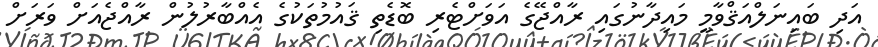
އަދި ބައިނަލްއަޤްވާމީ މައިދާނުގައި ރާއްޖޭގެ އަވަށްޓެރި ބޮޑެތި ޤައުމުތަކުގެ އެއްބާރުލުން ރާއްޖެއަށް ވަރަށް